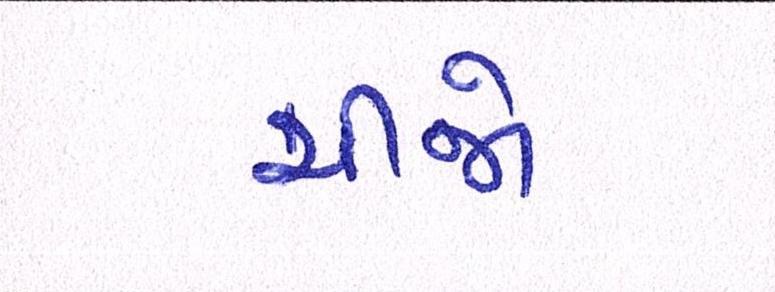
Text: ચીજો